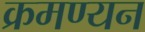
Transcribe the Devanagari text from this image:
क्रमण्यन